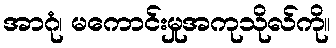
အာဂုံ၊ မကောင်းမှုအကုသိုလ်ကို။